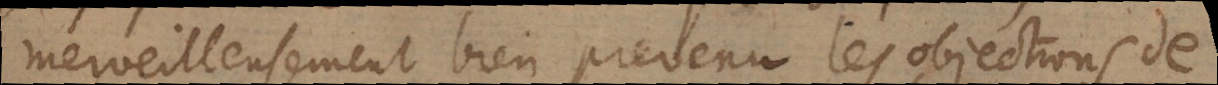
merveilleusement bien prevenu les objections de